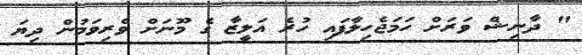
" ދާނިޝް ވަރަށް ހަމަޖެހިލާފައި ހުރެ އަލީޒާ ގެ މޫނަށް ވެރިވަމުން ދިޔަ